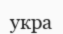
укра